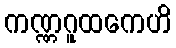
ကဏ္ဏဂူထကေဟိ